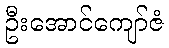
ဦးအောင်ကျော်ဇံ